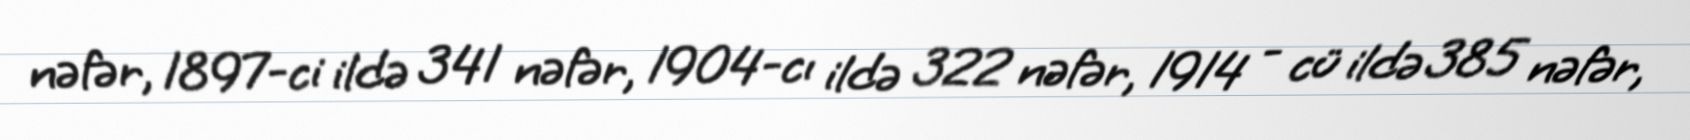
nəfər, 1897-ci ildə 341 nəfər, 1904-cı ildə 322 nəfər, 1914 - cü ildə 385 nəfər,